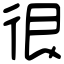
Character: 很